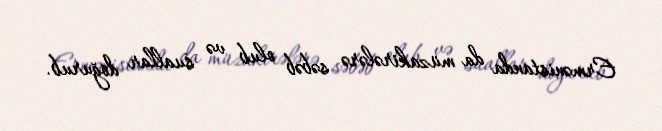
Ermənistanda da müzakirələrə səbəb olub və suallar doğurub.